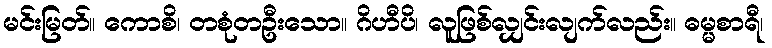
မင်းမြတ်။ ကောစိ၊ တစုံတဦးသော။ ဂိဟီပိ၊ လူဖြစ်လျှင်းလျက်လည်း။ ဓမ္မစာရီ၊